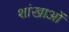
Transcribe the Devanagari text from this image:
शांखाओं